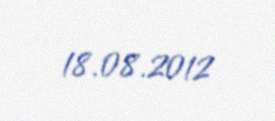
18.08.2012